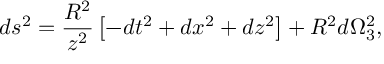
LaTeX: d s ^ { 2 } = \frac { R ^ { 2 } } { z ^ { 2 } } \left[ - d t ^ { 2 } + d x ^ { 2 } + d z ^ { 2 } \right] + R ^ { 2 } d \Omega _ { 3 } ^ { 2 } ,